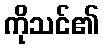
ကိုသင်၏